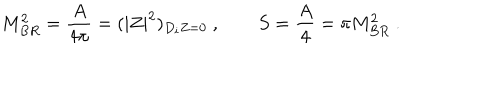
M _ { B R } ^ { 2 } = { \frac { A } { 4 \pi } } = ( | Z | ^ { 2 } ) _ { D _ { i } Z = 0 } \ , \qquad S = { \frac { A } { 4 } } = \pi M _ { B R } ^ { 2 } \ .